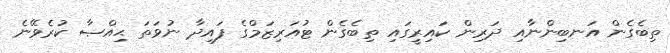
ތިބެގެން އަނބިންނާއި ދަރިން ކައިރީގައި ތިބެގެން ޓުއަރިޒަމްގެ ފައިދާ ނުވަތަ ޙިއްޞާ ކުރެވޭނެ